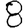
Digit: 8